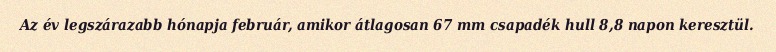
Az év legszárazabb hónapja február, amikor átlagosan 67 mm csapadék hull 8,8 napon keresztül.